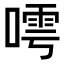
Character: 𠻢